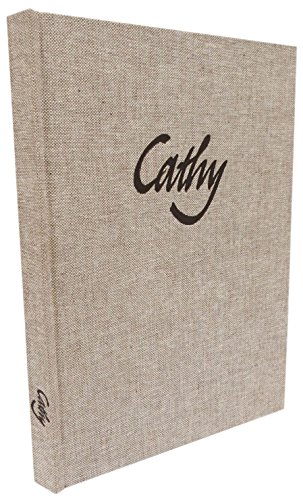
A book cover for Cathy; John Carder Bush; Arts & Photography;